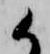
候